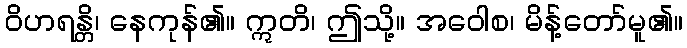
ဝိဟရန္တိ၊ နေကုန်၏။ ဣတိ၊ ဤသို့။ အဝေါစ၊ မိန့်တော်မူ၏။